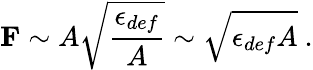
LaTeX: {\mathbf F}\sim A\sqrt{\frac{\epsilon_{def}}{A}}\sim\sqrt{\epsilon_{def}A}~.